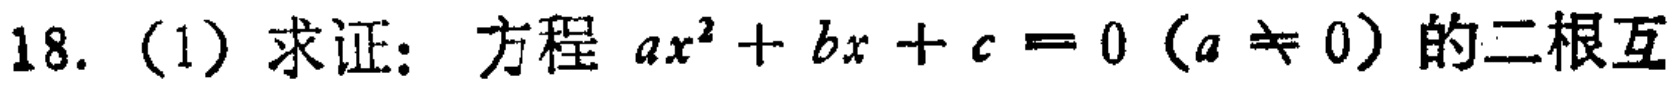
18. (1) 求证：方程 \(ax^{2}+bx + c = 0\)（\(a\neq 0\)）的二根互